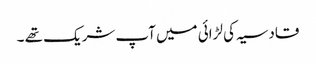
قادسیہ کی لڑائی میں آپ شریک تھے ۔